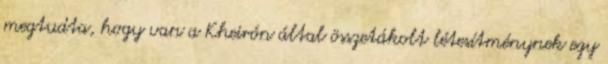
megtudta, hogy van a Kheirón által összetákolt létesítménynek egy